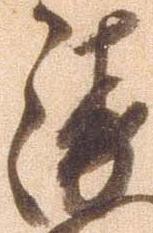
衛